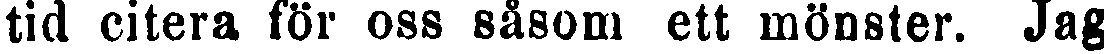
tid citera för oss såsom ett mönster. Jag